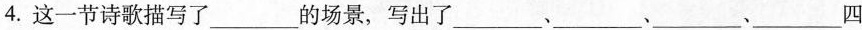
4.这一节诗歌描写了___的场景，写出了___、___、___、___四